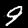
Digit: 9